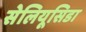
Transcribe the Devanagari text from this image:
सेलियूसिडा